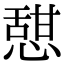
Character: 憇